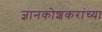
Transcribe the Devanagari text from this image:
ज्ञानकोशकरांच्या